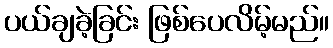
ပယ်ချခဲ့ခြင်း ဖြစ်ပေလိမ့်မည်။